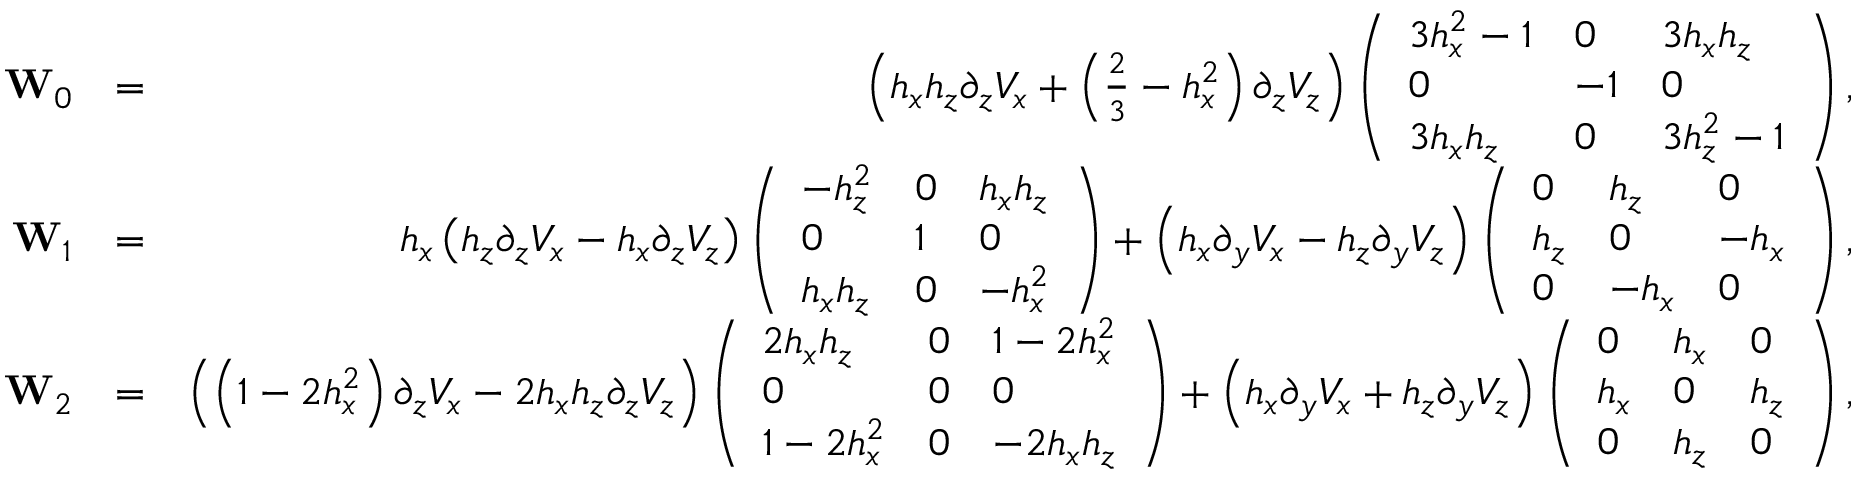
\begin{array} { r l r } { \mathbf { W } _ { 0 } } & { = } & { \left( h _ { x } h _ { z } \partial _ { z } V _ { x } + \left( \frac { 2 } { 3 } - h _ { x } ^ { 2 } \right) \partial _ { z } V _ { z } \right) \left( \begin{array} { l l l } { 3 h _ { x } ^ { 2 } - 1 } & { 0 } & { 3 h _ { x } h _ { z } } \\ { 0 } & { - 1 } & { 0 } \\ { 3 h _ { x } h _ { z } } & { 0 } & { 3 h _ { z } ^ { 2 } - 1 } \end{array} \right) , } \\ { \mathbf { W } _ { 1 } } & { = } & { h _ { x } \left( h _ { z } \partial _ { z } V _ { x } - h _ { x } \partial _ { z } V _ { z } \right) \left( \begin{array} { l l l } { - h _ { z } ^ { 2 } } & { 0 } & { h _ { x } h _ { z } } \\ { 0 } & { 1 } & { 0 } \\ { h _ { x } h _ { z } } & { 0 } & { - h _ { x } ^ { 2 } } \end{array} \right) + \left( h _ { x } \partial _ { y } V _ { x } - h _ { z } \partial _ { y } V _ { z } \right) \left( \begin{array} { l l l } { 0 } & { h _ { z } } & { 0 } \\ { h _ { z } } & { 0 } & { - h _ { x } } \\ { 0 } & { - h _ { x } } & { 0 } \end{array} \right) , } \\ { \mathbf { W } _ { 2 } } & { = } & { \left( \left( 1 - 2 h _ { x } ^ { 2 } \right) \partial _ { z } V _ { x } - 2 h _ { x } h _ { z } \partial _ { z } V _ { z } \right) \left( \begin{array} { l l l } { 2 h _ { x } h _ { z } } & { 0 } & { 1 - 2 h _ { x } ^ { 2 } } \\ { 0 } & { 0 } & { 0 } \\ { 1 - 2 h _ { x } ^ { 2 } } & { 0 } & { - 2 h _ { x } h _ { z } } \end{array} \right) + \left( h _ { x } \partial _ { y } V _ { x } + h _ { z } \partial _ { y } V _ { z } \right) \left( \begin{array} { l l l } { 0 } & { h _ { x } } & { 0 } \\ { h _ { x } } & { 0 } & { h _ { z } } \\ { 0 } & { h _ { z } } & { 0 } \end{array} \right) , } \end{array}